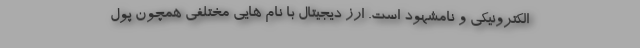
الکترونیکی و نامشهود است. ارز دیجیتال با نام هایی مختلفی همچون پول